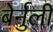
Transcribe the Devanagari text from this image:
बेर्नुली